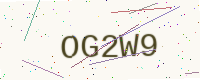
Text: OG2W9